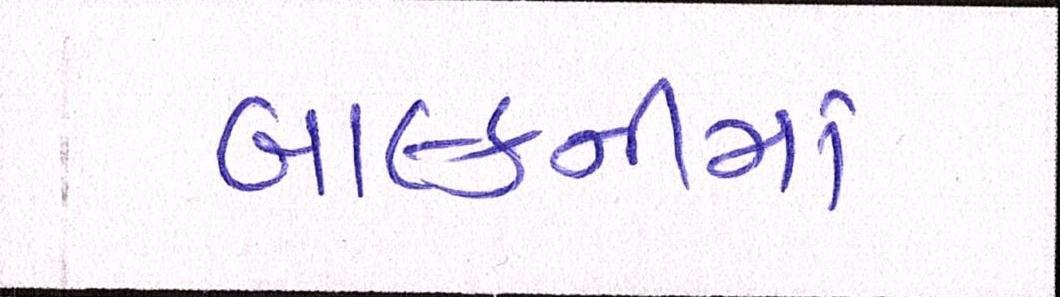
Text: બાલ્કનીમાં